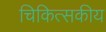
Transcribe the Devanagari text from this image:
चिकित्‍सकीय